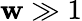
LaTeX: \mathbf{w}\gg1